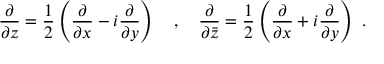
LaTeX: { \frac { \partial } { \partial z } } = { \frac { 1 } { 2 } } \left( { \frac { \partial } { \partial x } } - i { \frac { \partial } { \partial y } } \right) \quad , \quad { \frac { \partial } { \partial { \bar { z } } } } = { \frac { 1 } { 2 } } \left( { \frac { \partial } { \partial x } } + i { \frac { \partial } { \partial y } } \right) \ .